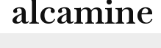
alcamine